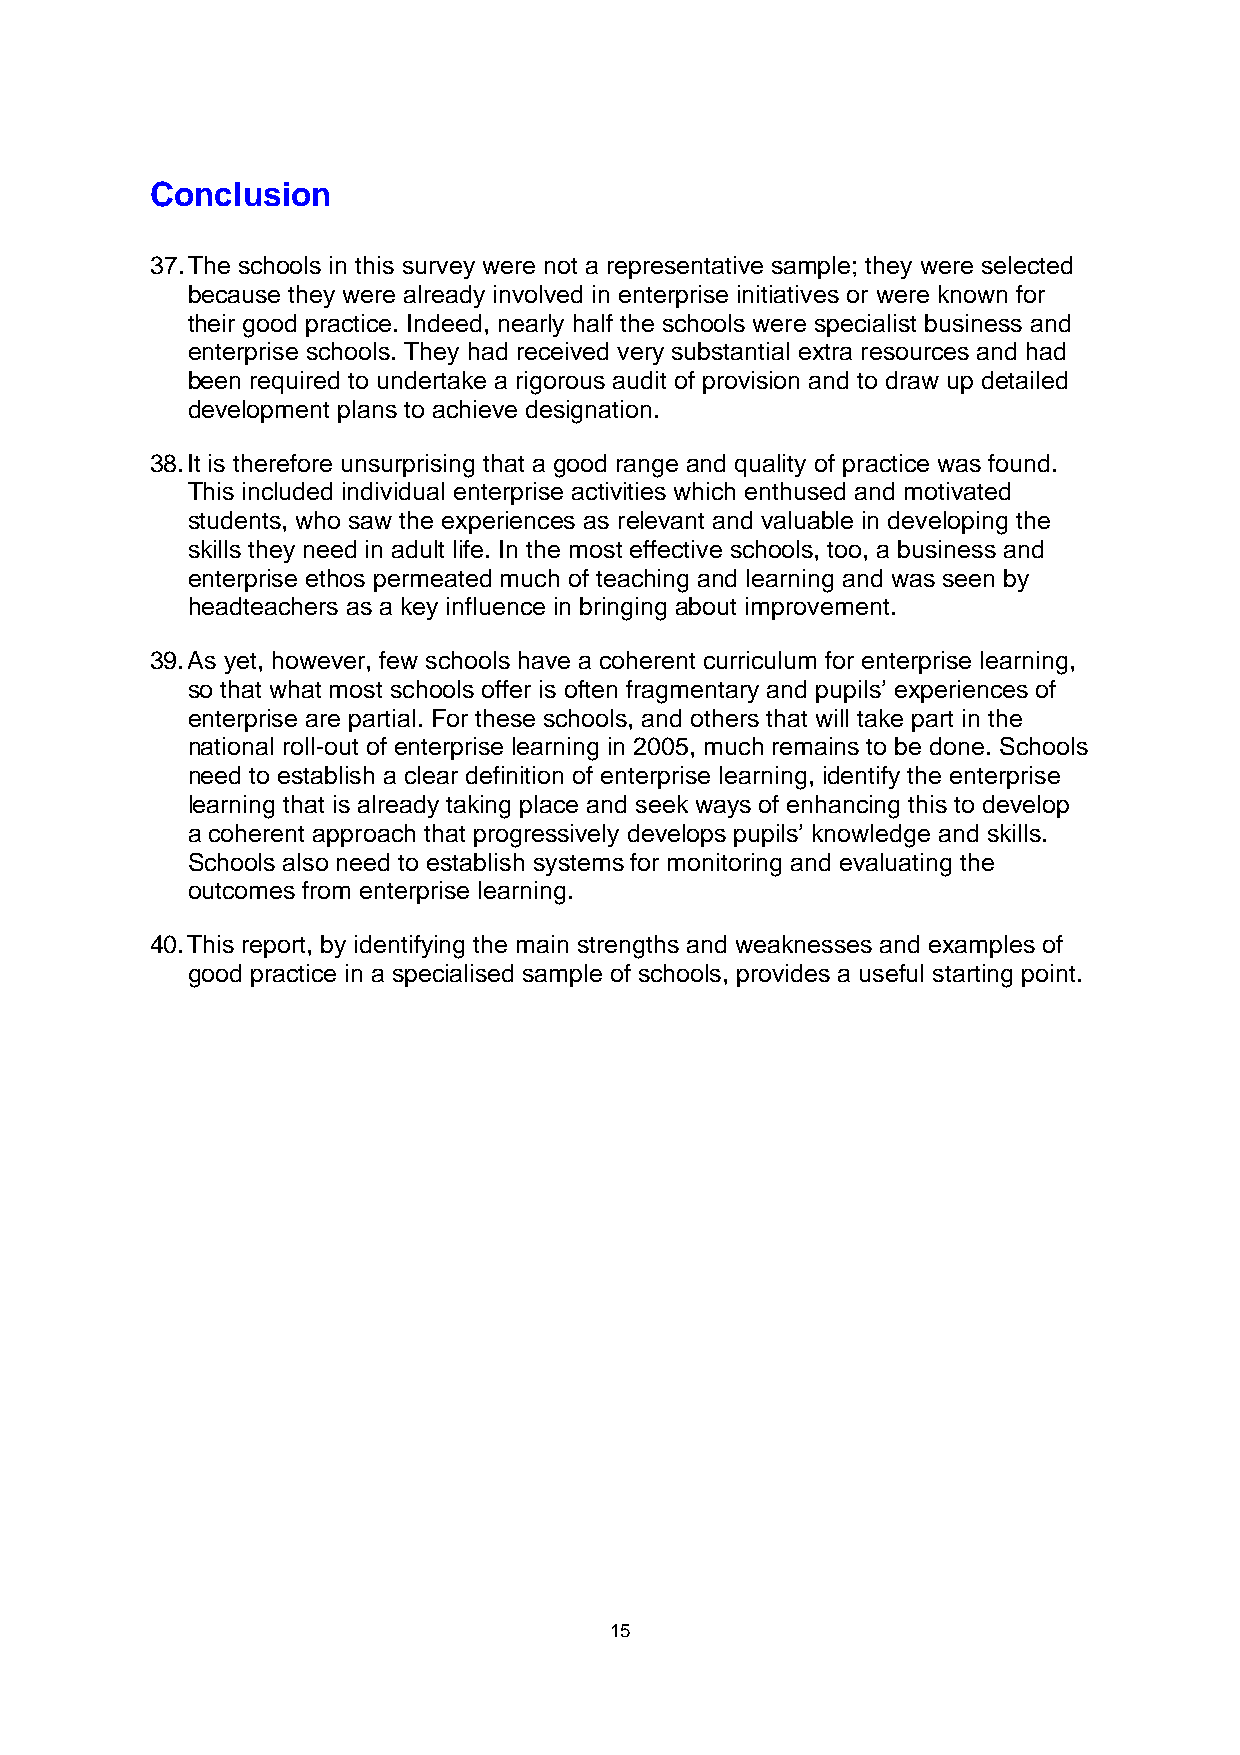
Conclusion
 37. The schools in this survey were not a representative sample; they were selected
 because they were already involved in enterprise initiatives or were known for
 their good practice. Indeed, nearly half the schools were specialist business and
 enterprise schools. They had received very substantial extra resources and had
 been required to undertake a rigorous audit of provision and to draw up detailed
 development plans to achieve designation.
 38. It is therefore unsurprising that a good range and quality of practice was found.
 This included individual enterprise activities which enthused and motivated
 students, who saw the experiences as relevant and valuable in developing the
 skills they need in adult life. In the most effective schools, too, a business and
 enterprise ethos permeated much of teaching and learning and was seen by
 headteachers as a key influence in bringing about improvement.
 39. As yet, however, few schools have a coherent curriculum for enterprise learning,
 so that what most schools offer is often fragmentary and pupils’ experiences of
 enterprise are partial. For these schools, and others that will take part in the
 national roll-out of enterprise learning in 2005, much remains to be done. Schools
 need to establish a clear definition of enterprise learning, identify the enterprise
 learning that is already taking place and seek ways of enhancing this to develop
 a coherent approach that progressively develops pupils’ knowledge and skills.
 Schools also need to establish systems for monitoring and evaluating the
 outcomes from enterprise learning.
 40. This report, by identifying the main strengths and weaknesses and examples of
 good practice in a specialised sample of schools, provides a useful starting point.
 15